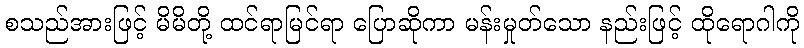
စသည်အားဖြင့် မိမိတို့ ထင်ရာမြင်ရာ ပြောဆိုကာ မန်းမှုတ်သော နည်းဖြင့် ထိုရောဂါကို